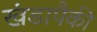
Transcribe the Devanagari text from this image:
खंडापैकी